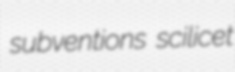
subventions scilicet